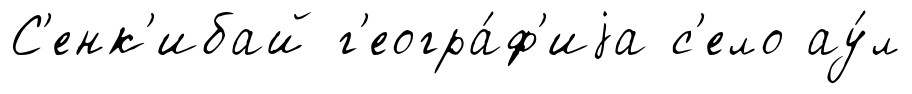
С'енк'ибай г'еогра́ф'иjа с'ело ау́л